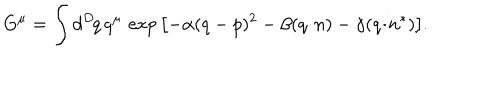
G ^ { \mu } = \int d ^ { D } \! q \, q ^ { \mu } \, \exp { \left[ - \alpha ( q - p ) ^ { 2 } - \beta ( q \! \cdot \! n ) - \gamma ( q \! \cdot \! n ^ { * } ) \right] } .